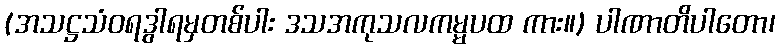
(အသဋ္ဌသံဝရဒွါရမှတစ်ပါး ဒသအကုသလကမ္မပထ ကား။) ပါဏာတိပါတော၊